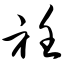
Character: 衽